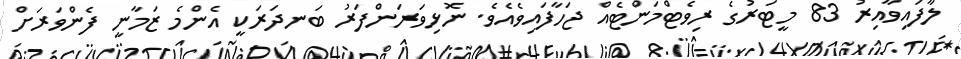
ލާފައިވާއިރު 83 މީޓަރުގެ ރިވެޓްމަންޓެއް ޖަހާފައިވެއެވެ. ނޮޅިވަރަންފަރު ބަނދަރަކީ އެންމެ ޒަމާނީ ފެންވަރަށް